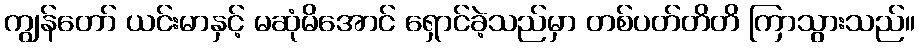
ကျွန်တော် ယင်းမာနှင့် မဆုံမိအောင် ရှောင်ခဲ့သည်မှာ တစ်ပတ်တိတိ ကြာသွားသည်။